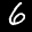
Label: 6